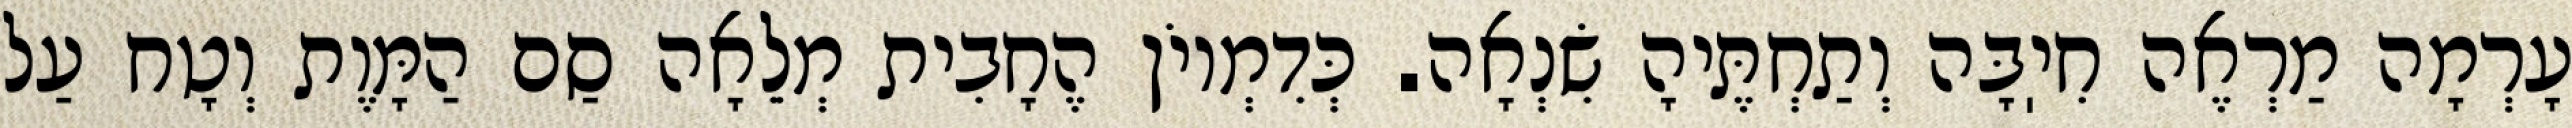
עָרְמָה מַרְאֶה חִיֽבָּה וְתַחְתֶּיהָ שִׂנְאָה. כְּדִמְיוֹן הֶחָבִית מְלֵאָה סַם הַמָּוֶת וְטָח עַל